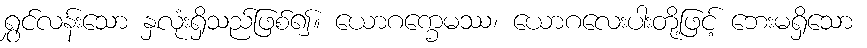
ရွှင်လန်းသော နှလုံးရှိသည်ဖြစ်၍။ ယောဂက္ခေမဿ၊ ယောဂလေးပါးတို့ဖြင့် ဘေးမရှိသော